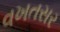
વખતસર